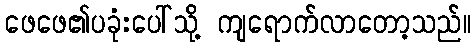
ဖေဖေ၏ပခုံးပေါ်သို့ ကျရောက်လာတော့သည်။